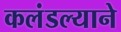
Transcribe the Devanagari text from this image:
कलंडल्याने